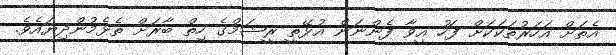
އެތަށް އަހަރުތަކަކަށް ފަހު އީވާ ފެންނަން އުޅޭތީ ރީޝަމްގެ ހިތް ބާރަށް ތެޅެމުންދިޔައެވެ.